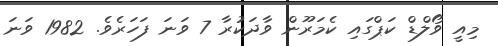
މިއީ ވޯލްޑް ކަޕްގައި ކެމަރޫން ވާދަކުރާ 7 ވަނަ ފަހަރެވެ. 1982 ވަނަ